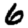
Digit: 6